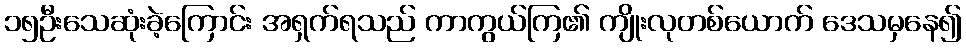
၁၅ဦးသေဆုံးခဲ့ကြောင်း အရှက်ရသည် ကာကွယ်ကြ၏ ကျိုးလုတစ်ယောက် ဒေသမှနေ၍